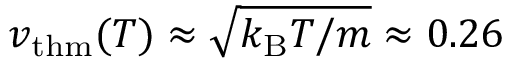
v _ { \mathrm { t h m } } ( T ) \approx \sqrt { k _ { \mathrm { B } } T / m } \approx 0 . 2 6